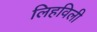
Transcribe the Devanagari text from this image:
लिहविली